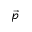
\vec { p }